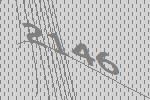
2146